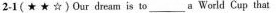
2-1( \star \star \star)Our dream is to___a World Cup that